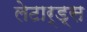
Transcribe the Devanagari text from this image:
लेटार्ड्स